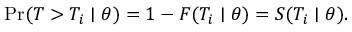
\operatorname* { P r } ( T > T _ { i } \mid \theta ) = 1 - F ( T _ { i } \mid \theta ) = S ( T _ { i } \mid \theta ) .